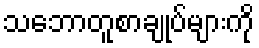
သဘောတူစာချုပ်များကို